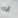
انه